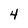
Character: 4